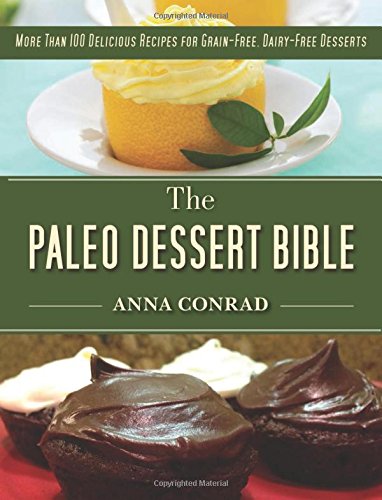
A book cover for The Paleo Dessert Bible: More Than 100 Delicious Recipes for Grain-Free, Dairy-Free Desserts; Anna Conrad; Cookbooks, Food & Wine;